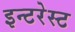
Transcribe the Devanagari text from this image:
इन्टरेस्ट